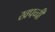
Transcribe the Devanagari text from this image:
खपच्ची